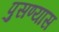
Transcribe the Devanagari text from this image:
पुसण्यास